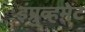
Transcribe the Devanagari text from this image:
इंप्रुव्हमेंट